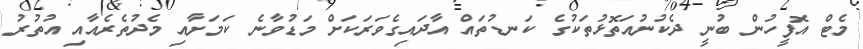
މެޓް އޮފީހުން ބުނީ ދެކުނުއަތޮޅުތަކުގެ ކަނޑުތައް އާދައިގެވަރަކަށް މަޑުވާނެ ކަމަށާއި މެދުތެރެއާއި އުތުރު